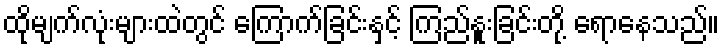
ထိုမျက်လုံးများထဲတွင် ကြောက်ခြင်းနှင့် ကြည်နူးခြင်းတို့ ရောနေသည်။